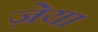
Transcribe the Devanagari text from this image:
ज़ेया